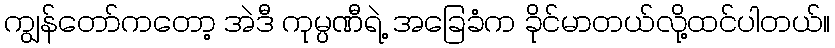
ကျွန်တော်ကတော့ အဲဒီ ကုမ္ပဏီရဲ့ အခြေခံက ခိုင်မာတယ်လို့ထင်ပါတယ်။